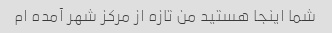
شما اینجا هستید من تازه از مرکز شهر آمده ام